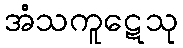
အံသကူဋေသု